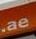
ae